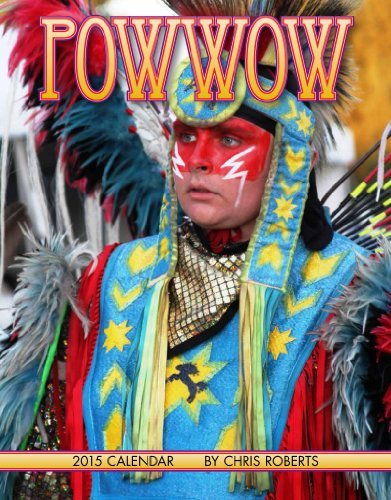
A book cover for By Chris Roberts Powwow 2015 Calendar (Native American) (Wall Calendar) [Calendar]; Calendars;